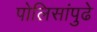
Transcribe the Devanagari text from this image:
पोलिसांपुढे